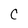
Character: C